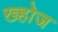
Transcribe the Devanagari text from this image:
ख्होज